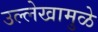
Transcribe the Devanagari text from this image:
उल्लेखामुळे